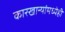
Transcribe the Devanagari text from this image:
कारखान्यांमध्येही